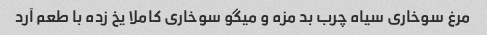
مرغ سوخاری سیاه چرب بد مزه و میگو سوخاری کاملا یخ زده با طعم آرد